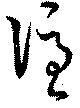
憑